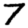
Digit: 7